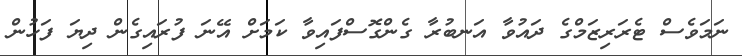
ނަމަވެސް ޓެރަރިޒަމްގެ ދައުވާ އަނބުރާ ގެންގޮސްފައިވާ ކަމަށް އޭނަ ފުރައިގެން ދިޔަ ފަހުން